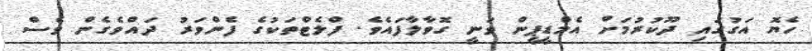
ހެޔޮ އަގުގައި ދޫކުރުމަށް އެމްޑީޕީން ވަނީ ގޮވާލާފައެވެ. ފްލެޓްތަކުގެ ފެންވަރު ދައްވެގެން ވެސް